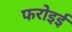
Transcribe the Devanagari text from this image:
फरोइई